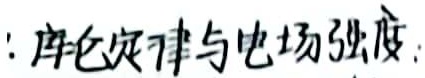
库仑定律与电场强度